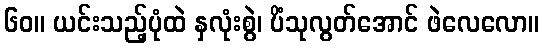
၆၀။ ယင်းသည့်ပုံထဲ နှလုံးစွဲ၊ ပိံသုလွတ်အောင် ဖဲလေလော။